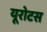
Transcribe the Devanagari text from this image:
यूरोटस